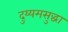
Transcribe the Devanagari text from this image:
दुय्यमसुद्धा